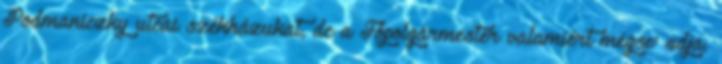
Podmaniczky utcai székházukat, de a Főpolgármester vala­mi­ért mégse’ adja.